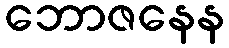
ဘောဇနေန